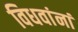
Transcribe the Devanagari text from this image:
विधवांनां